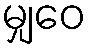
မျှဝေ